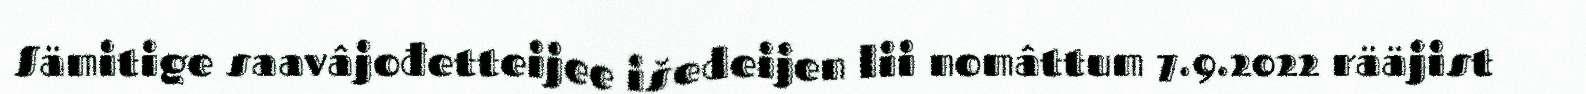
Sämitige saavâjođetteijee išedeijen lii nomâttum 7.9.2022 rääjist